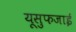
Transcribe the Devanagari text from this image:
यूसुफजाई